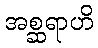
အစ္ဆရာဟိ